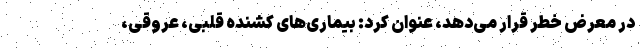
در معرض خطر قرار می‌دهد، عنوان کرد: بیماری‌های کشنده قلبی، عروقی،